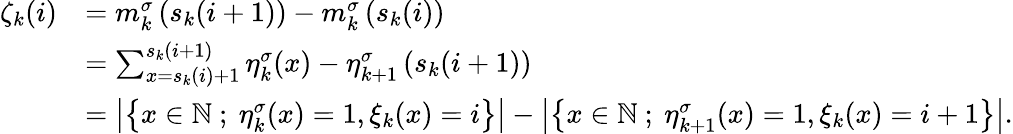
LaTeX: \begin{array}{rl}{\zeta_{k}(i)}&{=m_{k}^{\sigma}\left(s_{k}(i+1)\right)-m_{k}^{\sigma}\left(s_{k}(i)\right)}\\ &{=\sum_{x=s_{k}(i)+1}^{s_{k}(i+1)}\eta_{k}^{\sigma}(x)-\eta_{k+1}^{\sigma}\left(s_{k}(i+1)\right)}\\ &{=\left|\left\{ x\in{\mathbb{N}}\ ;\ \eta_{k}^{\sigma}(x)=1,\xi_{k}(x)=i\right\} \right|-\left|\left\{ x\in{\mathbb{N}}\ ;\ \eta_{k+1}^{\sigma}(x)=1,\xi_{k}(x)=i+1\right\} \right|.}\end{array}